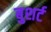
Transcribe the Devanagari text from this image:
बुशर्ट